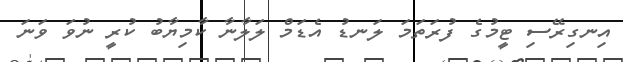
އިނގިރޭސި ޓީމުގެ ފުރަތަމަ ލަނޑު އެޑަމް ލަލާނާ ކާމިޔާބު ކުރީ ނުވަ ވަނަ